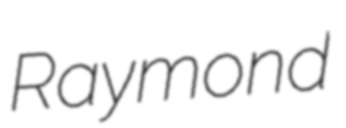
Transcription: Raymond